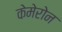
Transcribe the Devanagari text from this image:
केमेरोन